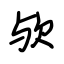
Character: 欤